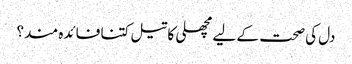
دل کی صحت کے لیے مچھلی کا تیل کتنا فائدہ مند؟